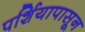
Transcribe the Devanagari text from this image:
पर्शियापासून